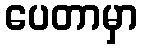
ပေတာမှာ